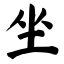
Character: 坐